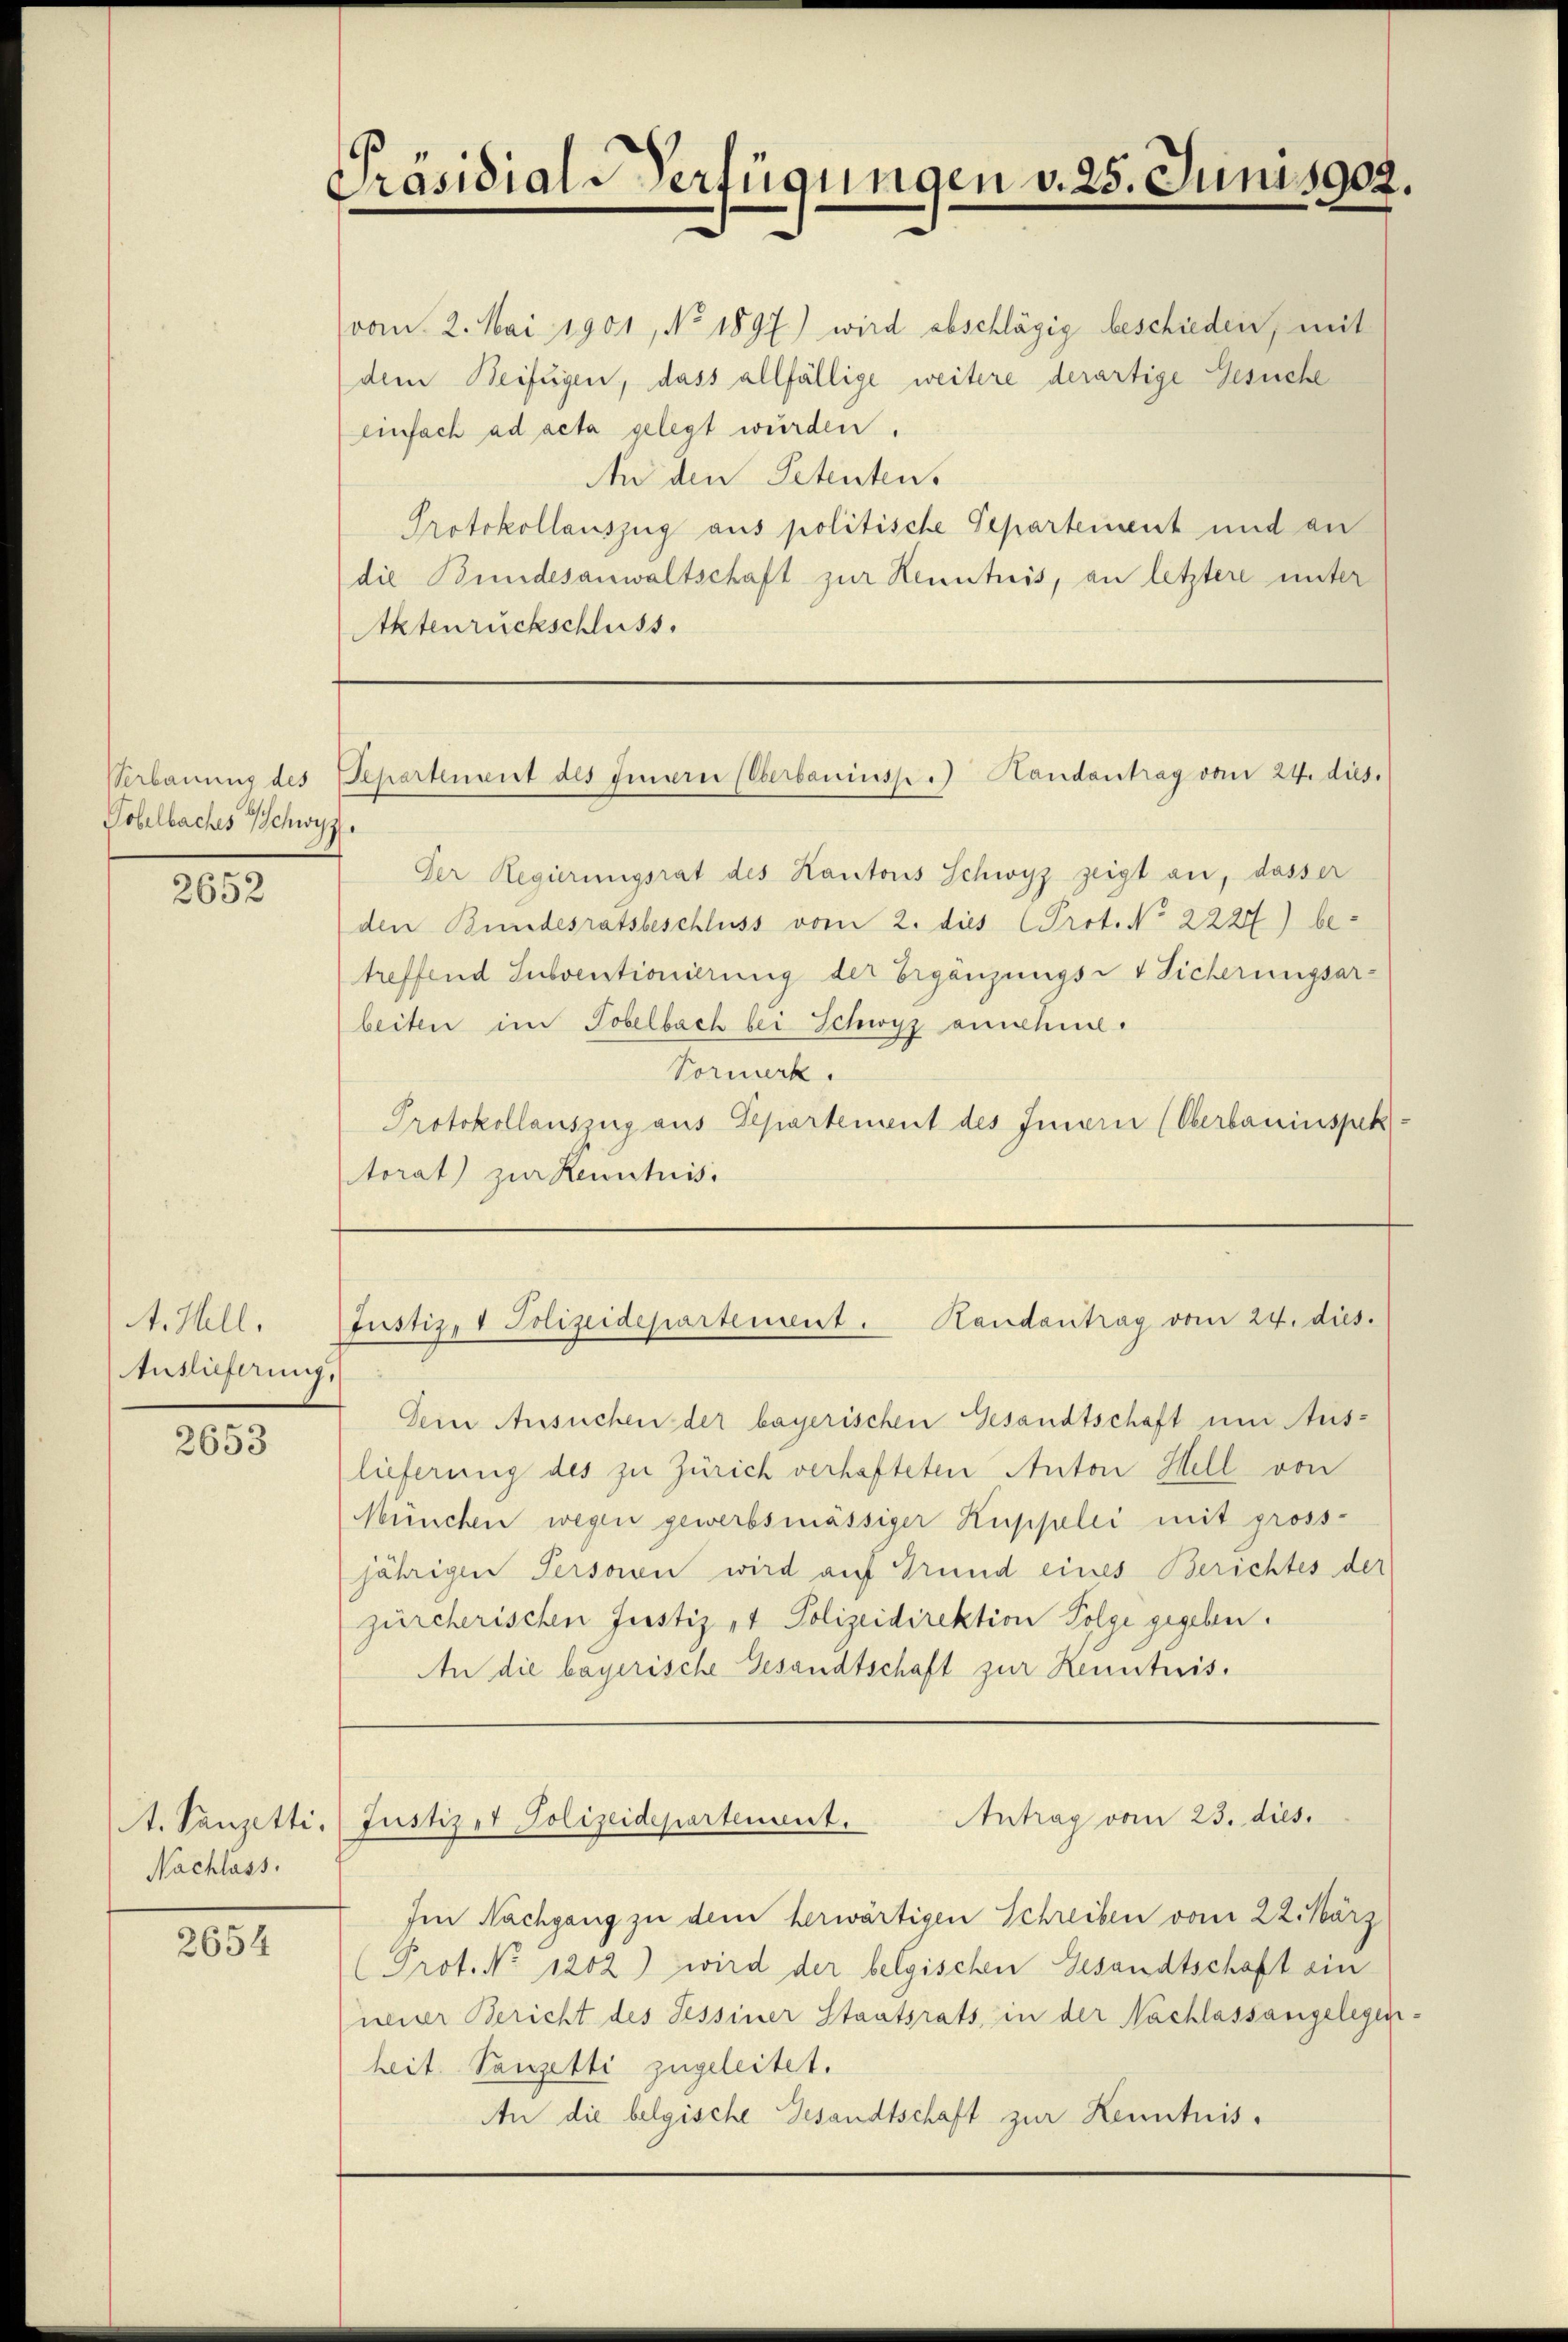
Tobelbaches Schwyz

2652

A. Hell.
Auslieferung.

2653

t. Kanzetti.
Nachlass.

2654

Präsidial-Verfügungen v. 25. Junis902.

von 2. Mai 1901, No 1897) wird abschlägig beschieden, mit
dem Beifügen, dass allfällige weitere derartige Gesuche
Einfach ad acta gelegt wurden.
An den Petentens
Protokollauszug aus politische Departement und an
die Bundesanwaltschaft zur Kenntnis, an letztere unter
Aktenrückschluss.

Verbauung des Departement des Fennern Oberbauinsp. Handantrag vom 24. dies

Justiz, 1 Polizeidepartement. Handantrag vom 24. dies.

Antrag vom 23. dies.
Justiret Polizeidepartement.

Der Regierungsrat des Kantons Schwyz zeigt an, dasser
den Bundesratsbeschluss vom 2. dies (Prot. No 2227) be-
treffend Subventionierung der Ergänzungs- & Sicherungsarbeiten im Tobelbach bei Schwyz annehme.
Vormerk
Protokollauszug aus Departement des Innern (Oberbauinspek
torat zur Kenntnis.

Dein Ansuchen der bayerischen Gesandtschaft um Aus-
lieferung des zu Zürich verhafteten Anton Hell von
München wegen gewerbsmässiger Kuppelei mit gross-
jährigen Person wird auf Grund eines Berichtes der
zürcherischen Justiz, 1 Polizeidirektion Folge gegeben.
An die bayerische Gesandtschaft zur Kenntnis.

Im Nachgang zu dem herwärtigen Schreiben vom 22. März
(Prot. No 1202) wird der belgischen Gesandtschaft ein
neiter Bericht des Tessiner Staatsrats, in der Nachlassangelegenheit. Panzelti zugeleitet.
An die belgische Gesandtschaft zur Kenntnis¬